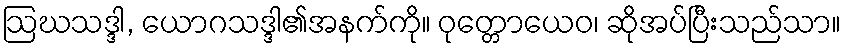
ဩဃသဒ္ဒါ, ယောဂသဒ္ဒါ၏အနက်ကို။ ဝုတ္တောယေဝ၊ ဆိုအပ်ပြီးသည်သာ။